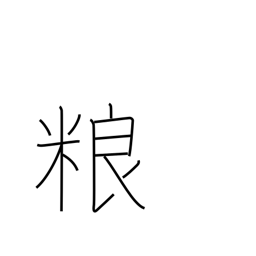
Meaning: food